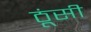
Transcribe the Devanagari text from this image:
ठूंसी